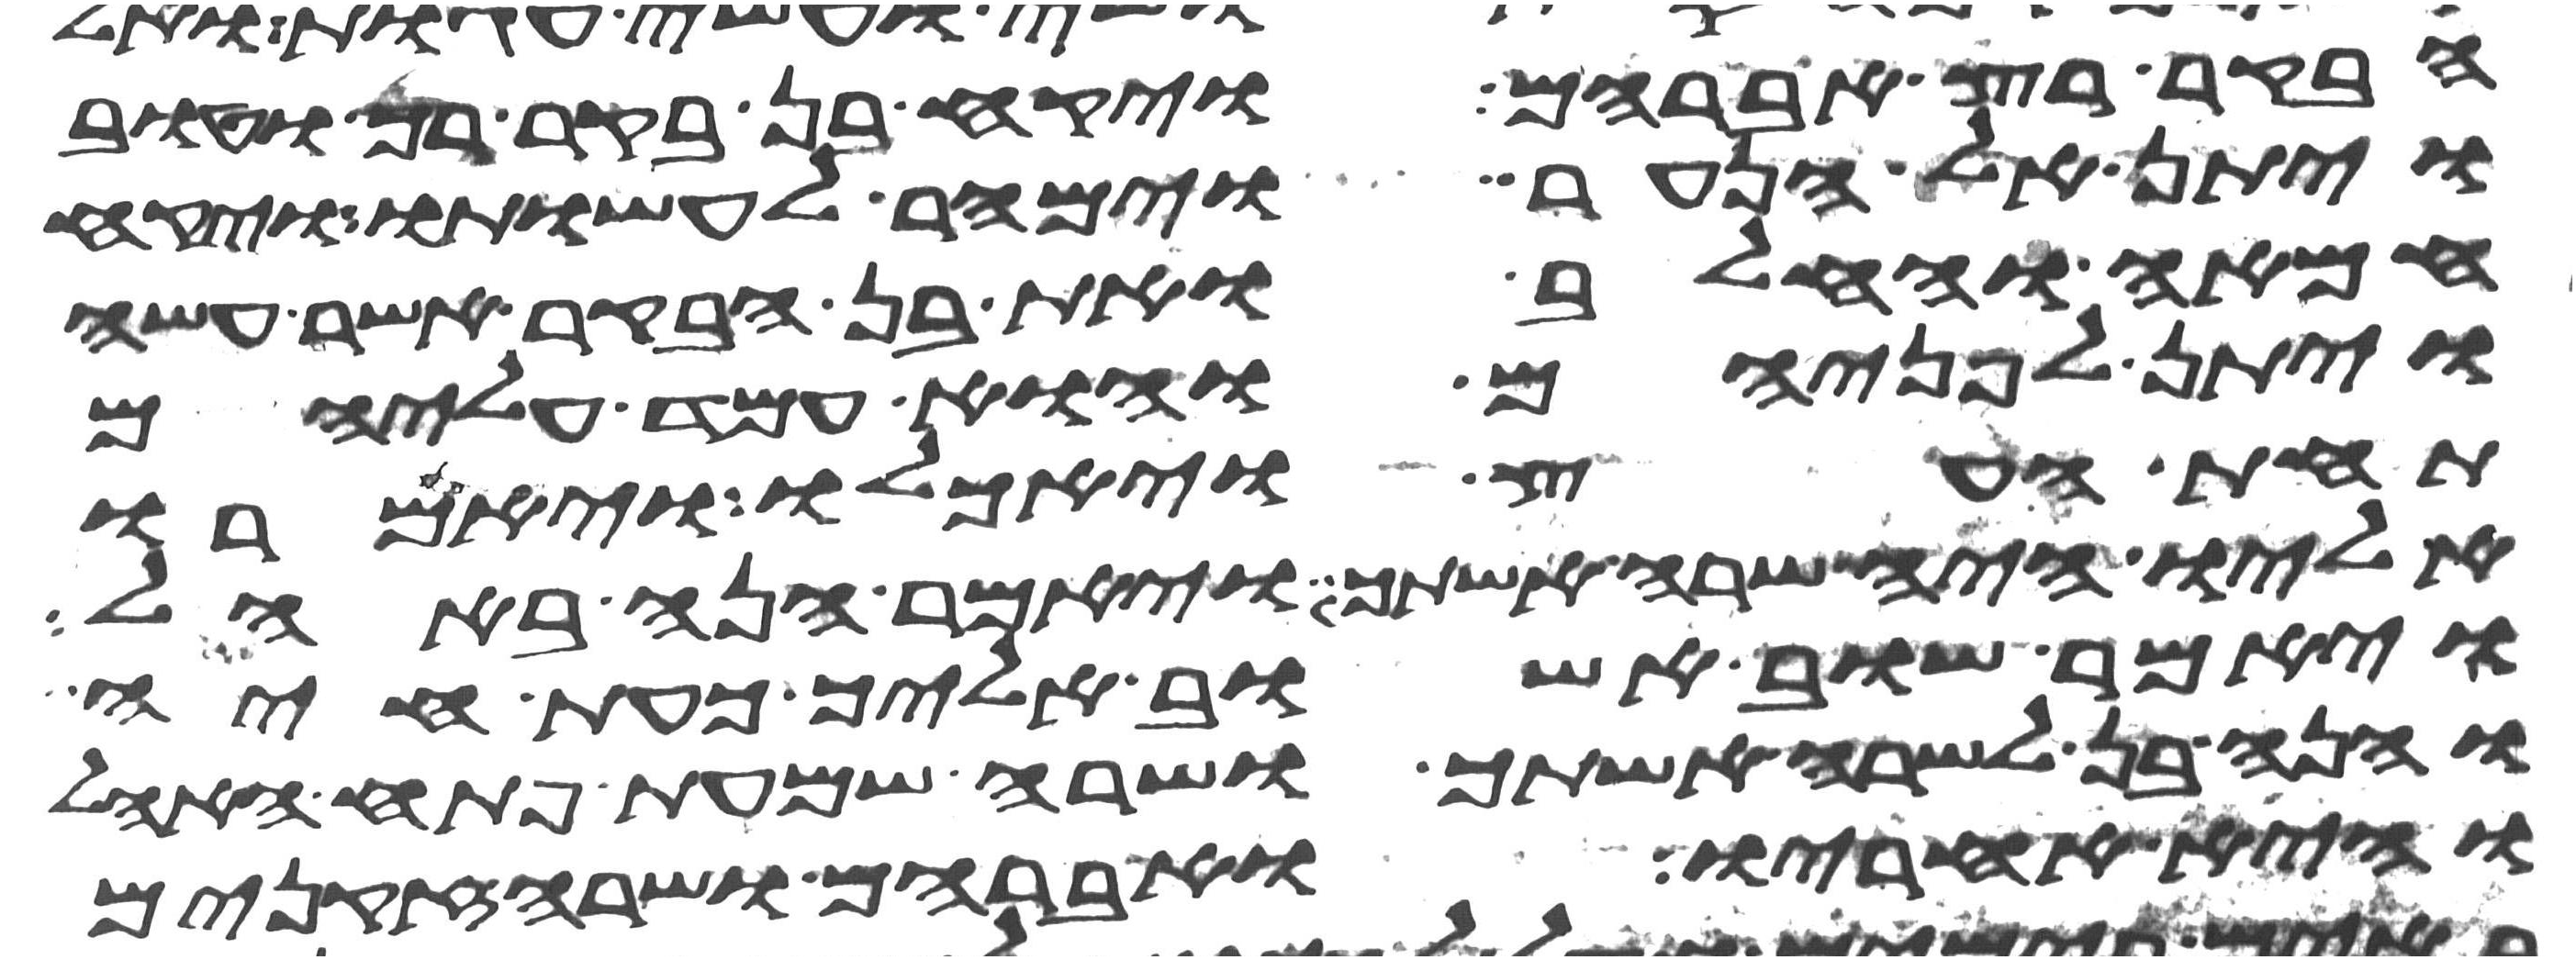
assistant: הבקר רץ אברהם ויקח בן בקר רך וטוב
ויתן אל הנער וימהר לעשותו ויקח
חמאה וחלב ואת בן הבקר אשר עשה
ויתן לפניהם והוא עמד עליהם
תחת העץ ויאכלו ויאמרו
אליו איה שרה אשתך ויאמר הנה באהל
ויאמר שוב אשוב אליך כעת חיה
והנה בן לשרה אשתך ושרה שמעת פתח האהל
והיא אחריו ואברהם ושרה זקנים